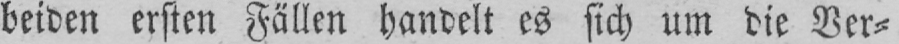
beiden ersten Fällen handelt es sich um die Ver⸗